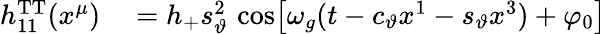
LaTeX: \begin{array}{rl}{h_{11}^{\mathrm{TT}}(x^{\mu})}&{{}=h_{+}s_{\vartheta}^{2}\, \cos\! \left[\omega_{g}(t-c_{\vartheta}x^{1}-s_{\vartheta}x^{3})+\varphi_{0}\right]}\end{array}